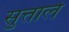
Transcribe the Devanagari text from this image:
सुत्ताले